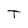
Character: T